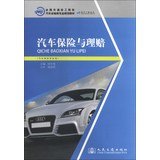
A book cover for Transportation Technical colleges nationwide auto transport class professional planning materials : car insurance and claims(Chinese Edition); LIU DONG MEI; Engineering & Transportation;